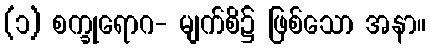
(၁) စက္ခုရောဂ- မျက်စိ၌ ဖြစ်သော အနာ။